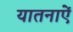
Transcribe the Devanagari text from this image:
यातनाऐं